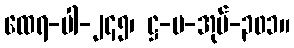
ထေရ-ပါ-၂၄၅၊ ဋ္ဌ-ပ-အုပ်-၃၀၁။